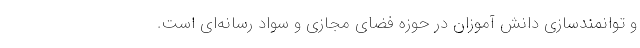
و توانمندسازی دانش آموزان در حوزه فضای مجازی و سواد رسانه‌ای است.